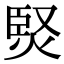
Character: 㷂